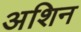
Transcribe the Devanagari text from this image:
अशिन